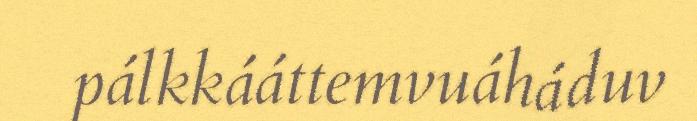
pálkkááttemvuáháduv